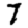
Digit: 7